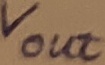
Text: Vout